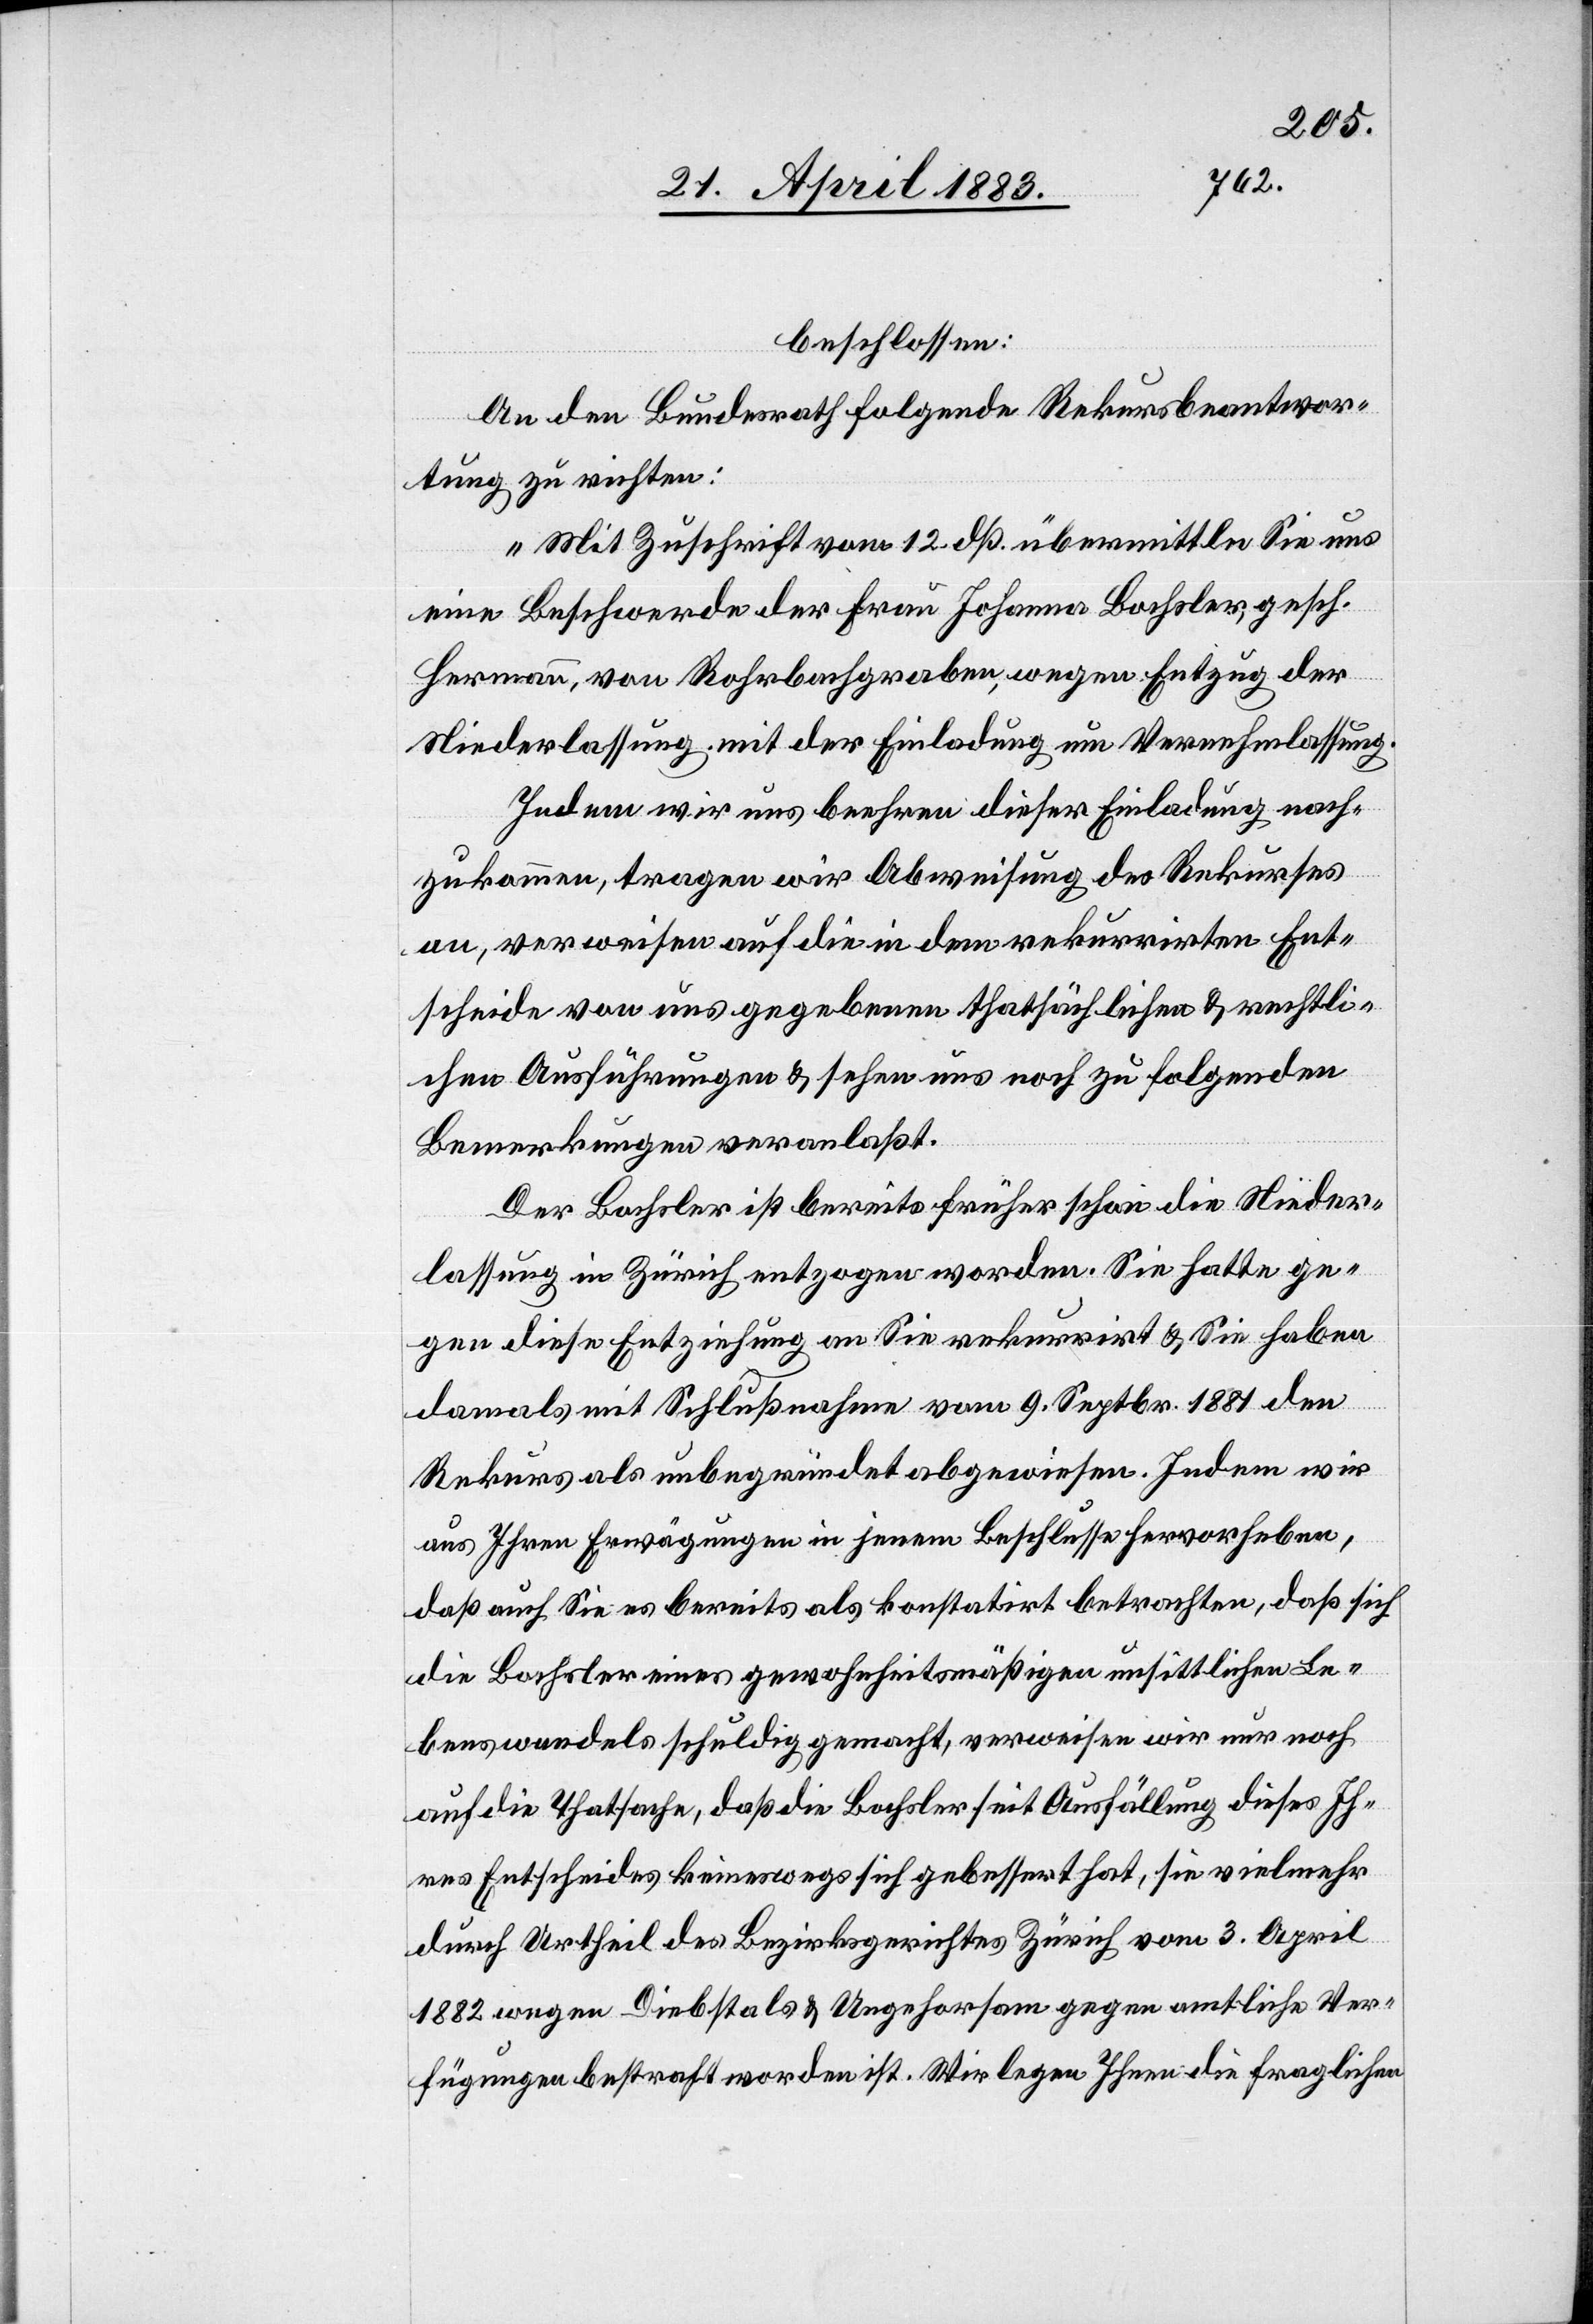
beschlossen:
An den Bundesrath folgende Rekursbeantwor¬
tung zu richten:
„Mit Zuschrift vom 12. dß. übermittelte[n] Sie uns
eine Beschwerde der Frau Johanna Bochsler, gesch.
Hermann, von Rohrbachgraben, wegen Entzug der
Niederlassung, mit der Einladung um Vernehmlassung.
Indem wir uns beehren dieser Einladung nach¬
zukommen, tragen wir Abweisung des Rekurses
an, verweisen auf die in dem rekurirrten Ent¬
scheide von uns gegebenen thatsächlichen & rechtli¬
chen Ausführungen & sehen uns noch zu folgenden
Bemerkungen veranlaßt.
Der Bochsler ist bereits früher schon die Nieder¬
lassung in Zürich entzogen worden. Sie hatte ge¬
gen diese Entziehung an Sie rekurrirt & Sie haben
damals mit Schlußnahme vom 9. Septbr. 1881 den
Rekurs als unbegründet abgewiesen. Indem wir
aus Ihren Erwägungen in jenem Beschlusse hervorheben,
daß auch Sie es bereits als konstatirt betrachten, daß sich
die Bochsler eines gewohnheitsmäßigen unsittlichen Le¬
benswandels schuldig gemacht, verweisen wir nur noch
auf die Thatsache, daß die Bochsler seit Ausfällung dies¬
es Entscheides keineswegs sich gebessert hat, sie vielmehr
durch Urtheil des Bezirksgerichtes Zürich vom 3. April
1882 wegen Diebstals & Ungehorsam gegen amtliche Ver¬
fügungen bestraft worden ist. Wir legen Ihnen die fraglichen